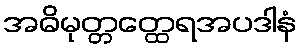
အဓိမုတ္တတ္ထေရအပဒါနံ